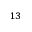
^ { 1 3 }